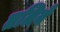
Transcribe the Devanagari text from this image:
तलिये